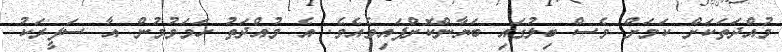
މުއްދަތަކަށް ކަމަށް ވެސް ބިލުގައި ބަޔާންކޮށްފައިވެއެވެ. އެ މުއްދަތު ހަމަވުމުން އާ ސަފީރަކު